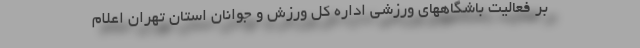
بر فعالیت باشگاههای ورزشی اداره کل ورزش و جوانان استان تهران اعلام